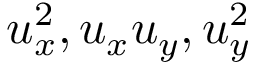
u _ { x } ^ { 2 } , u _ { x } u _ { y } , u _ { y } ^ { 2 }